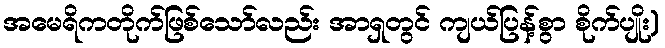
အမေရိကတိုက်ဖြစ်သော်လည်း အာရှတွင် ကျယ်ပြန့်စွာ စိုက်ပျိုး)